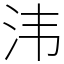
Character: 𣲗